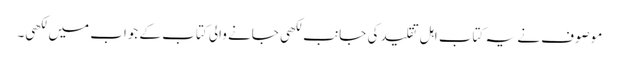
موصوف نے یہ کتاب اہل تقلید کی جانب لکھی جانے والی کتاب کے جواب میں لکھی۔